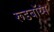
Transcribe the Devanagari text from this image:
रूडबॉय्स